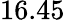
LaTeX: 16.45